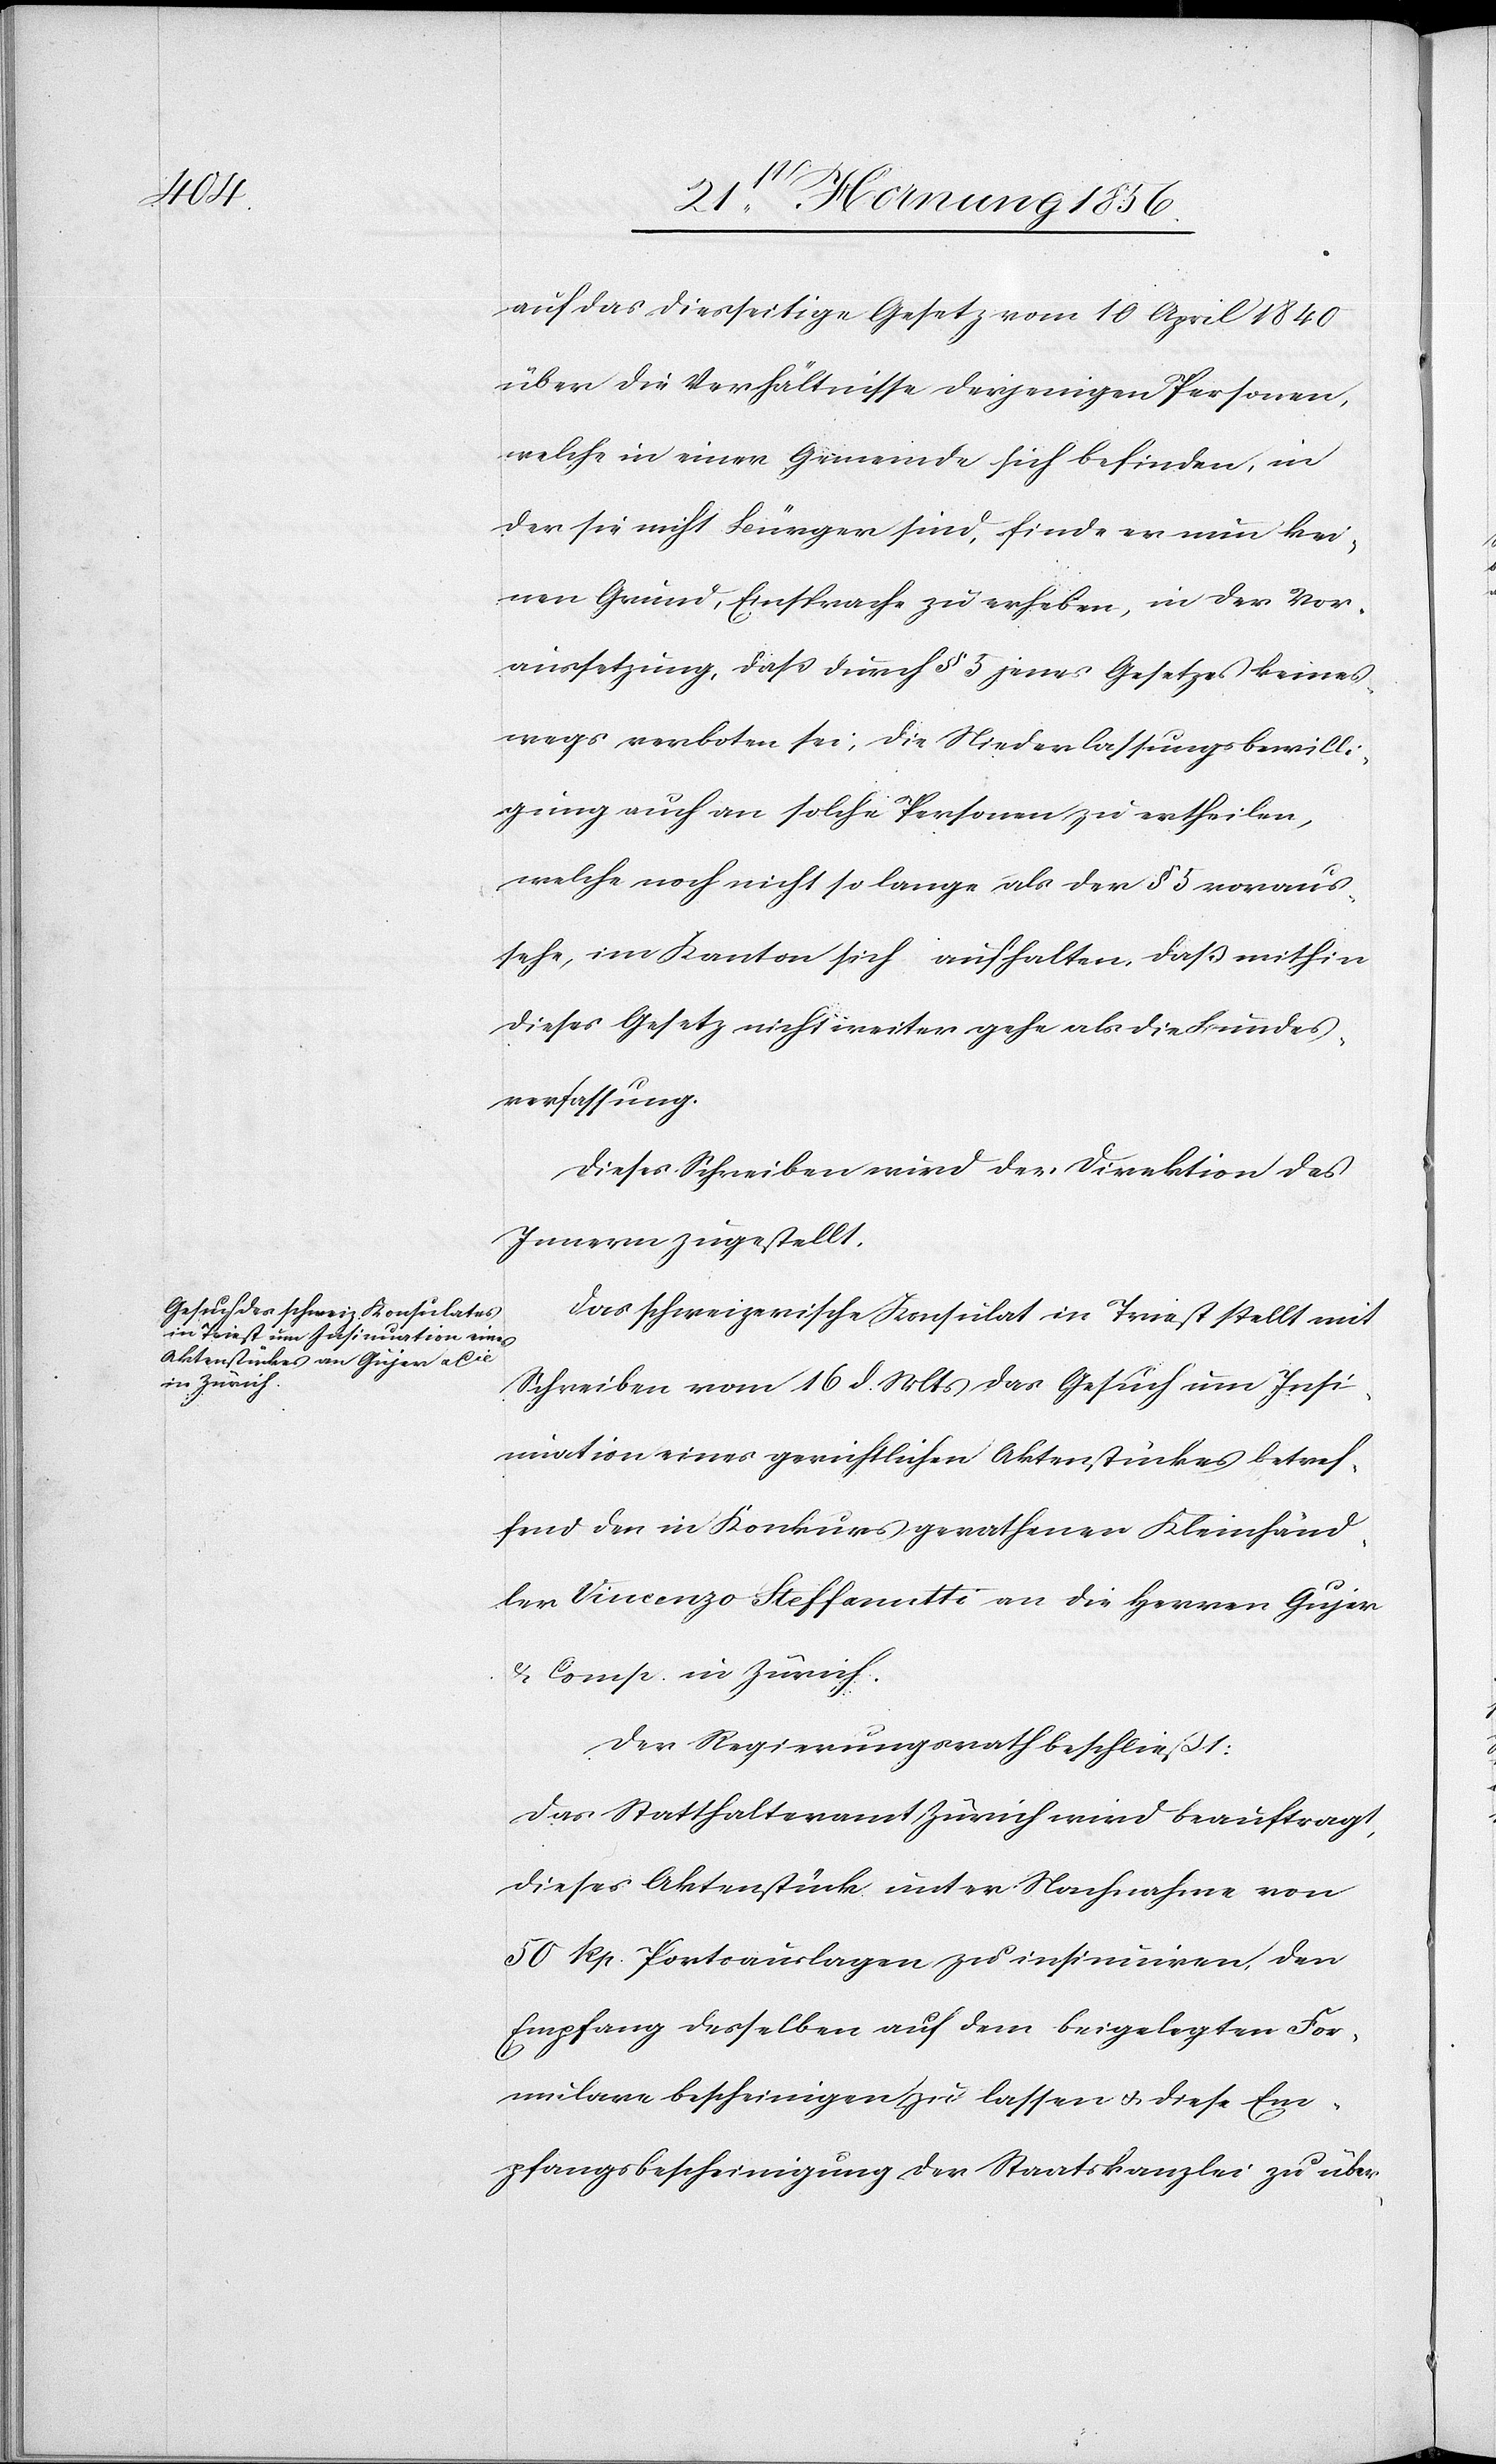
auf das diesseitige Gesetz vom 10 April 1840
über die Verhältnisse derjenigen Personen,
welche in einer Gemeinde sich befinden, in
der sie nicht Bürger sind, finde er nun kei¬
nen Grund, Einsprache zu erheben, in der Vor¬
aussetzung, daß durch § 5 jenes Gesetz keines¬
wegs verboten sei; die Niederlassungsbewilli¬
gung auch an solche Personen zu ertheilen,
welche noch nicht so lange als der § 5 voraus¬
sehe, im Kanton sich aufhalten, daß mithin
dieses Gesetz nicht weiter gehe als die Bundes¬
verfassung.
Dieses Schreiben wird der Direktion des
Innern zugestellt.
Das schweizerische Konsulat in Triest stellt mit
Schreiben vom 16 d. Mts das Gesuch um Insi¬
nuation eines gerichtlichen Aktenstückes betref¬
fend den in Konkurs gerathenen Kleinhänd¬
ler Vincenzo Steffanutti an die Herren Gujer
& Comp. in Zürich.
Der Regierungsrath beschließt:
Das Statthalteramt Zürich wird beauftragt,
dieses Aktenstück unter Nachnahme von
50 Rp. Portoauslagen zu insinuiren, den
Empfang desselben auf dem beigelegten For¬
mulare bescheinigen zu lassen u. diese Em¬
pfangsbescheinigung der Staatskanzlei zu über-